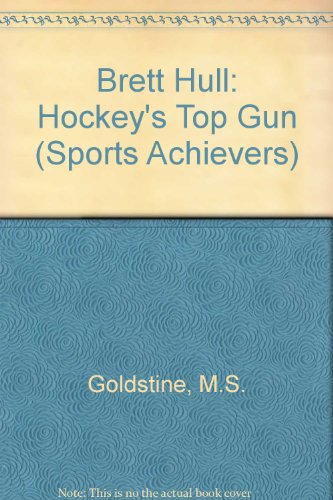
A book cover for Brett Hull: Hockey's Top Gun (Lerner Sports Achievers); Margaret J. Goldstein; Teen & Young Adult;